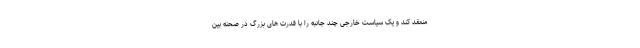
منعقد کند و یک سیاست خارجی چند جانبه را با قدرت های بزرگ در صحنه بین